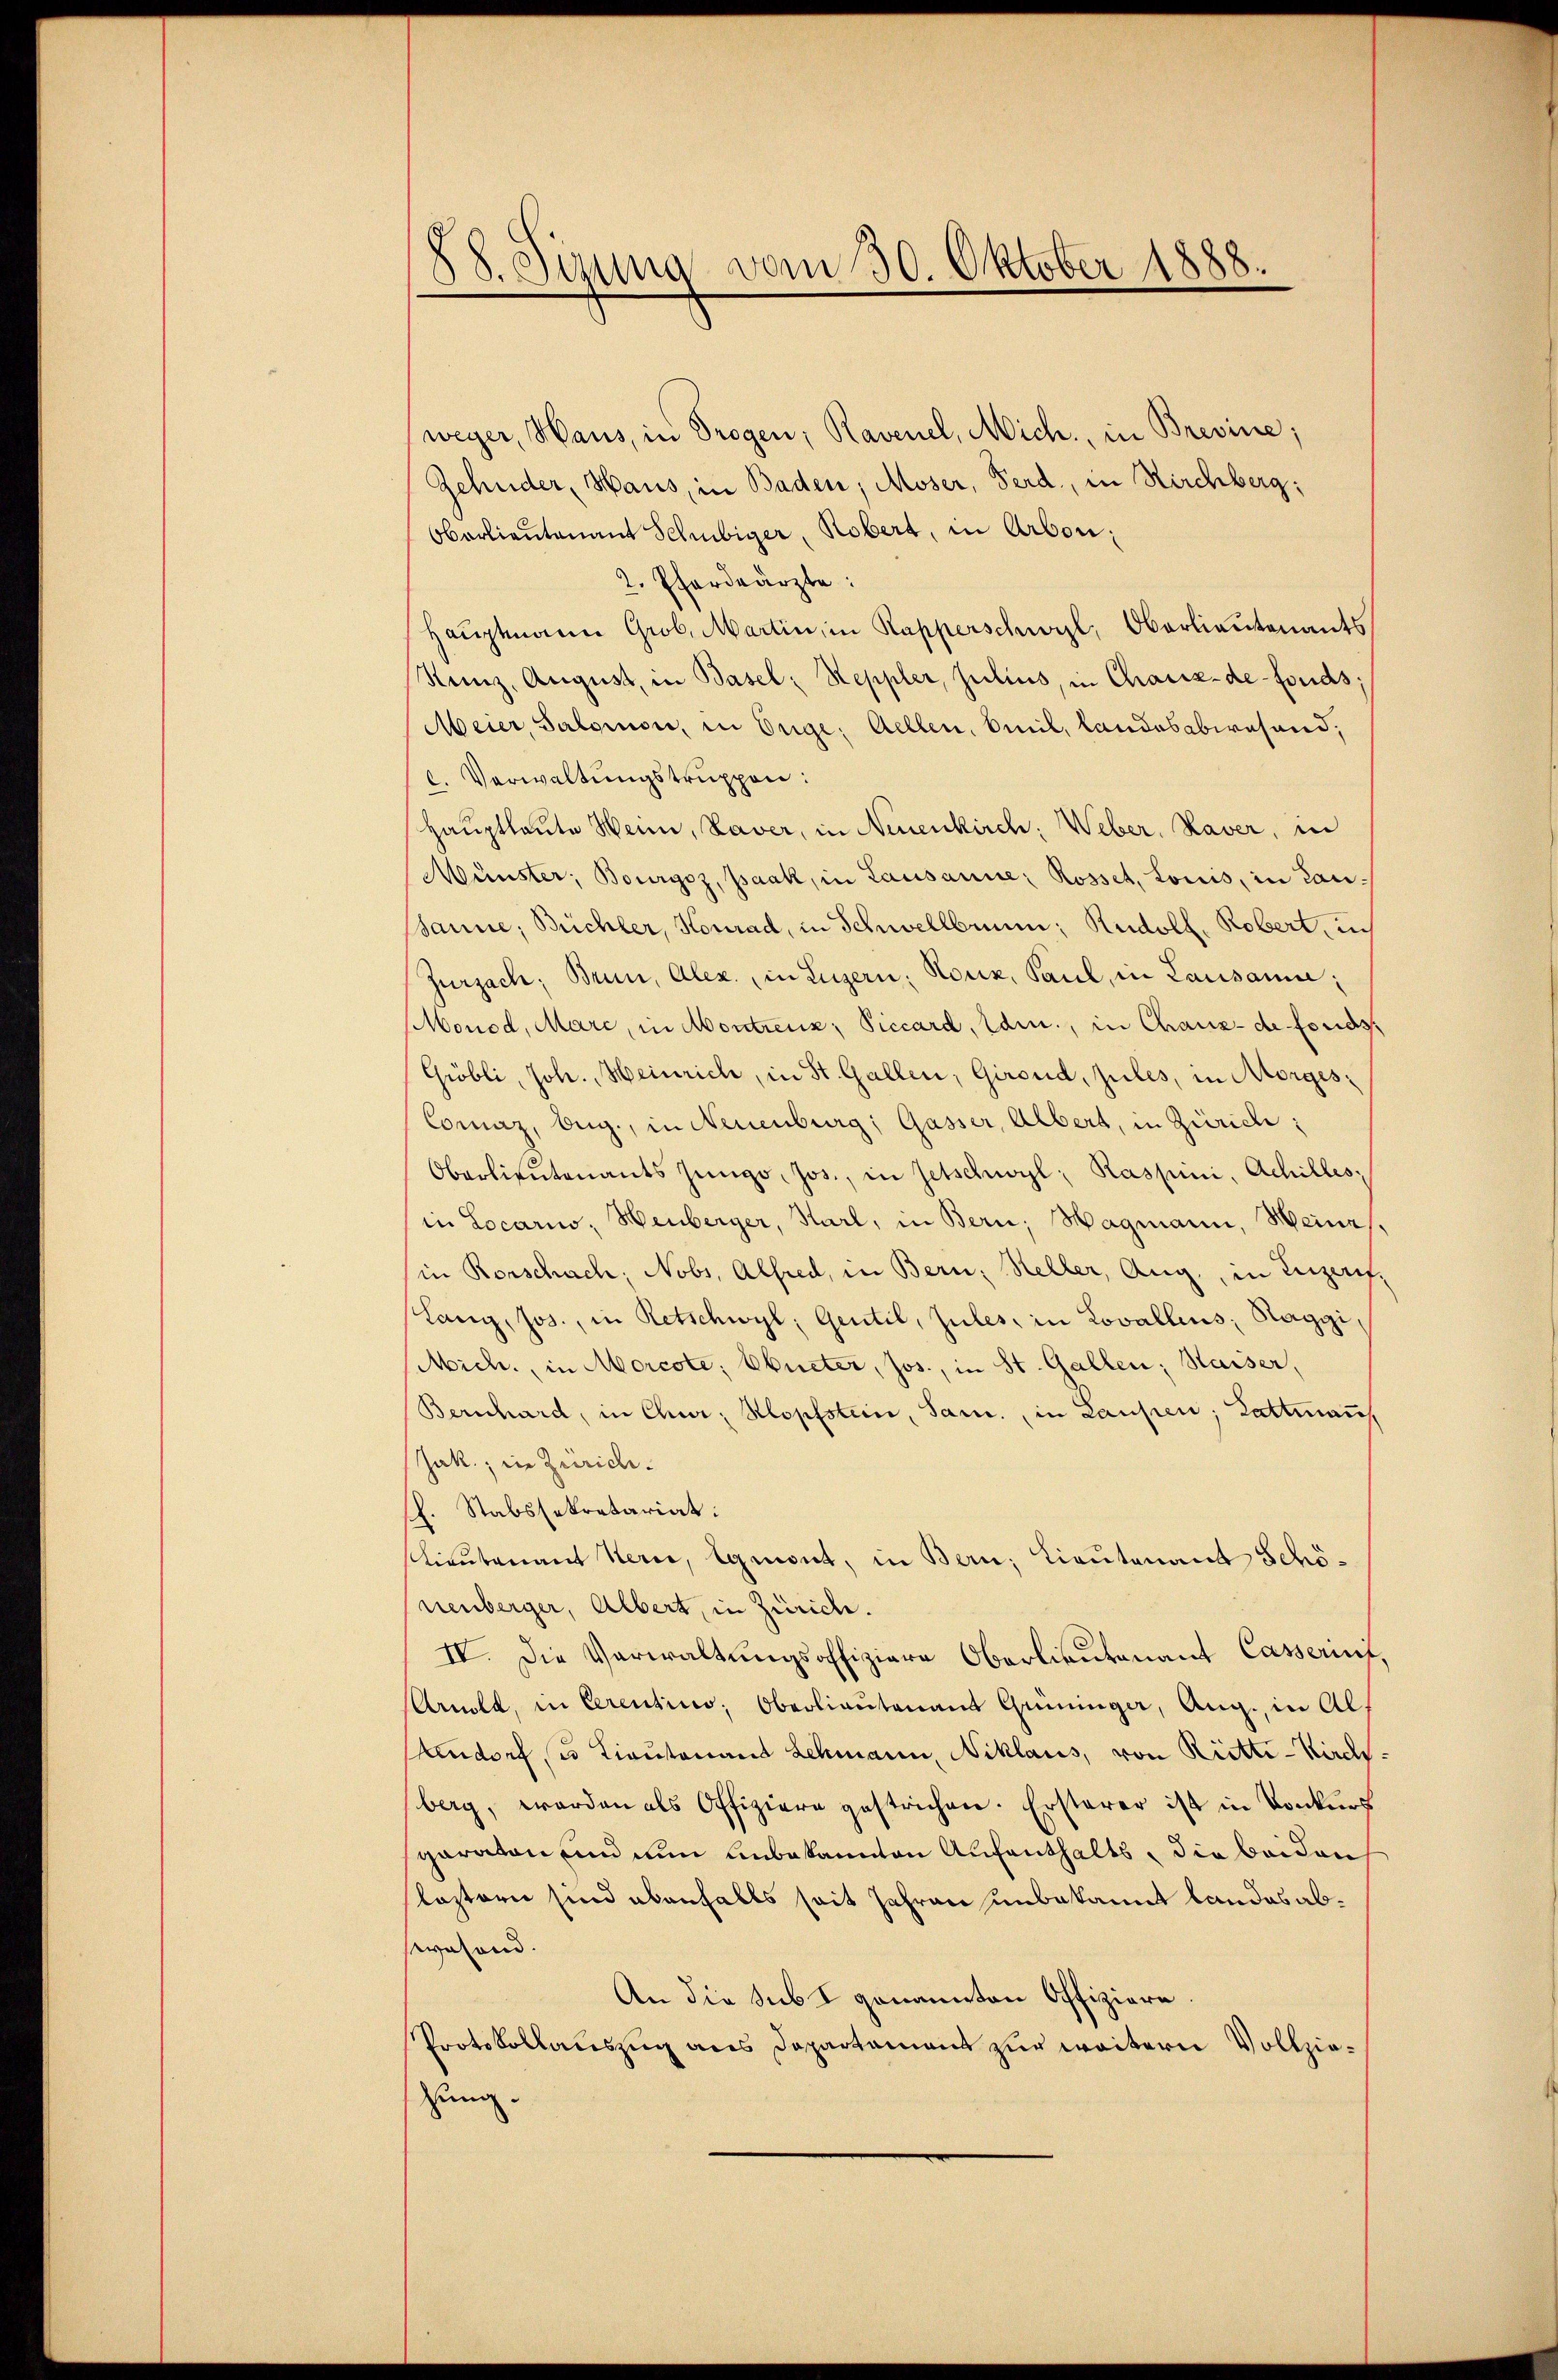
88. Sirung vom 30. Oktober 1888.

weger, Haus, in Trogen; Ravenel, Mich., in Brevine;
Gehuder, Haus, in Baden, Moser, Ferd., in Kirchberg;
Oberlieutenant Schubiger, Robert, in Arbon;
2. Pferdeärzte:
Haŭptmann Grob, Martin, in Kapperschworzl, Oberlieŭtenants
Renz, August, in Basel: Steppler, Julius, in Chaux-de-Fonds;
Meier, Salomon, in Enge: Aellen, Omil, landesabwesend,
C. Verwaltŭngstruppen:
Hauptlaute Wein, Laver, in Neuenkirch: Weber, Kaver, in
Münster, Bourgoz, paak, in Lausanne: Rosset, Louis, in Lan¬
Panne, Büchler, Konrad, in Schwellbrunn, Rudoll. Robert, in
Zurzach, Brun, Alex., in Luzern: Noux, Paul, in Lausanne;
Monod, Mare, in Montreux; Piccard, Edm., in Chaux-de fonds,
Gröbli, Joh. Heinrich, in St. Gallen, Girend, zules, in Morges¬
Comaz, Aug., in Neuenburg, Gasser, Albert, in Zürich:
Oberlieutenants Jüngo, Jos., in Zetschwyl, Raspini, Achilles,
in Locario, Heuberger, Karl, in Bern, Hagmann, Meines.
in Rorschach; Nobs, Alfred, in Bern, Heller, Aug., in Luzern,
Lanz, Jos., in Retschwyl, Gentil, zules, in Lovallens, Raggi,
Mich., in Morcote; Ebneter, Jos., in St. Gallen; Waiser,
Bernhard, in Chur Kopfstein, Sam., in Laupen; Lattmaṅ
Jak., in Zürichsh. Stabssekretariat:
stitutenant Kern, Ignont, in Bern, Lieutenant Schönenberger, Albert, in Zürich.
IV. Die Verwaltungsoffiziere Oberlieutenant Casserint,
Armle, in Cerentino, Oberlieutenant Grüninger, Aug., in Al¬
Andorf (so Lieutenand Lehmann, Niklaus, von Rietti-Kirchberg, worden als Offiziere gestrichen. Ersterer ist in Konkurs
paraton und nun unbekannten Aufenthalts, die beiden
leztern sind ebenfalls seit Jahren unbekannt landes abswesend.
An die sub I genannten Offiziere
Protokollauszug aus Departement zur weitern Vollziezung.